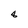
Character: 8